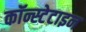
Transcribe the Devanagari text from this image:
कॉन्स्टेटाइन